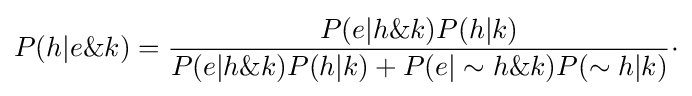
P(h|e\&k)={\frac {P(e|h\&k)P(h|k)}{P(e|h\&k)P(h|k)+P(e|\sim h\&k)P(\sim h|k)}}\cdot